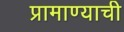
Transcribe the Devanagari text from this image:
प्रामाण्याची